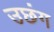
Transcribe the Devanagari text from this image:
उछंग